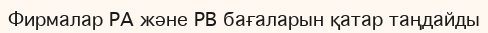
Фирмалар PA және PB бағаларын қатар таңдайды